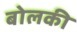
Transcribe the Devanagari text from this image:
बोलकी